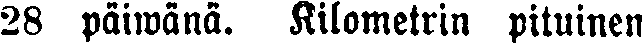
28 päiwänä. Kilometrin pituinen